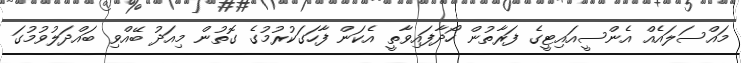
މައްސަލައެއް އެންސީއައިޓީގެ ފަރާތުން ހޯދާފައިވާތީ އެކަން ފާހަގަކުރުމުގެ ގޮތުން މިއަދު ބޭއްވި ބައްދަލުވުމުގަ